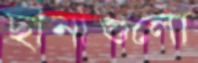
ছানাগুলো